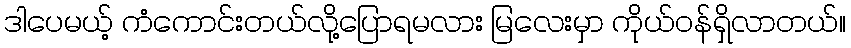
ဒါပေမယ့် ကံကောင်းတယ်လို့ပြောရမလား မြလေးမှာ ကိုယ်ဝန်ရှိလာတယ်။